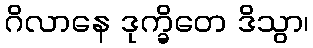
ဂိလာနေ ဒုက္ခိတေ ဒိသွာ၊